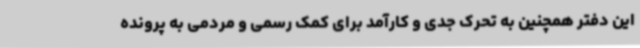
این دفتر همچنین به تحرک جدی و کارآمد برای کمک رسمی و مردمی به پرونده